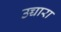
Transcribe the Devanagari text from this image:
उच्चारा